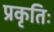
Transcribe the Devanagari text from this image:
प्रकृतिः